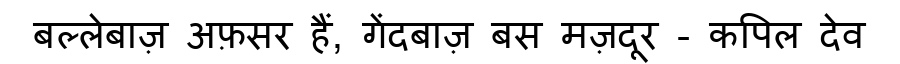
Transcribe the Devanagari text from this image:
बल्लेबाज़ अफ़सर हैं, गेंदबाज़ बस मज़दूर - कपिल देव